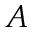
A